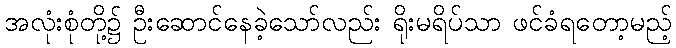
အလုံးစုံတို့၌ ဦးဆောင်နေခဲ့သော်လည်း ရိုးမရိပ်သာ ဖင်ခံရတော့မည့်